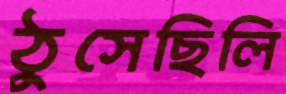
ঠুসেছিলি